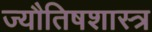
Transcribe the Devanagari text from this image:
ज्यौतिषशास्त्र